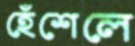
হেঁশেলে